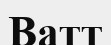
Ватт